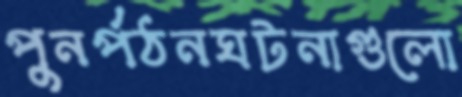
পুনর্পঠনঘটনাগুলো